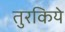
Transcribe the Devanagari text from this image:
तुरकिये